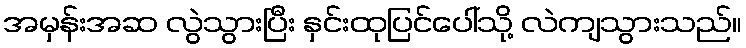
အမှန်းအဆ လွဲသွားပြီး နှင်းထုပြင်ပေါ်သို့ လဲကျသွားသည်။